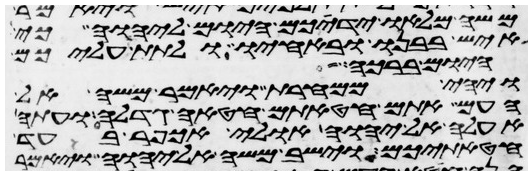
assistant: משה מלאו ידיכם היום ליהוה כי
איש בבנו ובאחיו ולתת עליכם
היום ברכה
ויהי ממחרת ויאמר משה אל
העם אתם חטאתם חטאה גדלה ועתה
אעלה אל יהוה אולי אכפר בעד
חטאתיכם וישב משה אל יהוה ויאמר